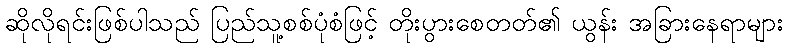
ဆိုလိုရင်းဖြစ်ပါသည် ပြည်သူ့စစ်ပုံစံဖြင့် တိုးပွားစေတတ်၏ ယွန်း အခြားနေရာများ